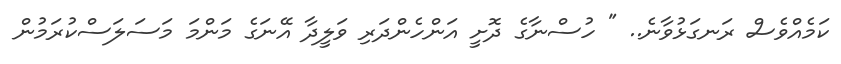
ކަމެއްވެސް ރަނގަޅުވާނެ.. " ހުސްނާގެ ދޮށީ އަންހެންދަރި ވަލީދާ އޭނަގެ މަންމަ މަސަލަސްކުރަމުން